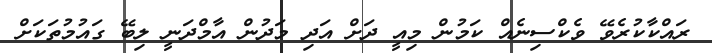
ރައްކާކުރެވޭ ވެކްސިނެއް ކަމުން މިއީ ދަށް އަދި މަދުން އާމްދަނީ ލިބޭ ގައުމުތަކަށް